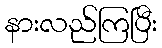
နားလည်ကြပြီး